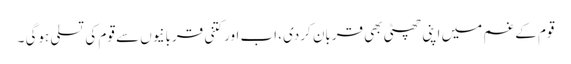
قوم کے غم میں اپنی چھٹی بھی قربان کردی، اب اور کتنی قربانیوں سے قوم کی تسلی ہوگی ۔